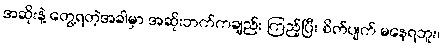
အဆိုးနဲ့ တွေ့ရတဲ့အခါမှာ အဆိုးဘက်ကချည်း ကြည့်ပြီး စိတ်ပျက် မနေရဘူး၊